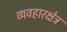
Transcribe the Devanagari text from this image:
व्यवहारक्षेत्र